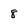
Character: 8